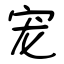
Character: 宠